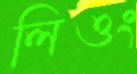
লিওং